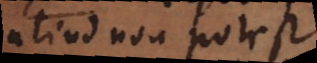
aliud non potest